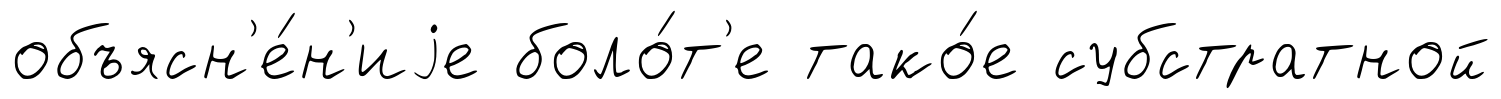
объясн'е́н'иjе боло́т'е тако́е субстратной